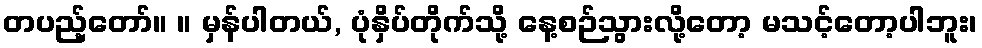
တပည့်တော်။ ။ မှန်ပါတယ်, ပုံနှိပ်တိုက်သို့ နေ့စဉ်သွားလို့တော့ မသင့်တော့ပါဘူး၊